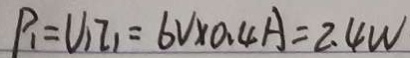
P _ { 1 } = U _ { 1 } I _ { 1 } = 6 V \times 0 . 4 A = 2 . 4 W